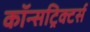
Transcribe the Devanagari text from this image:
कॉन्सट्रिक्टर्स